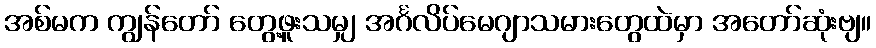
အစ်မက ကျွန်တော် တွေ့ဖူးသမျှ အင်္ဂလိပ်မေဂျာသမားတွေထဲမှာ အတော်ဆုံးဗျ။